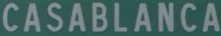
CASABLANCA